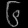
Digit: ၆